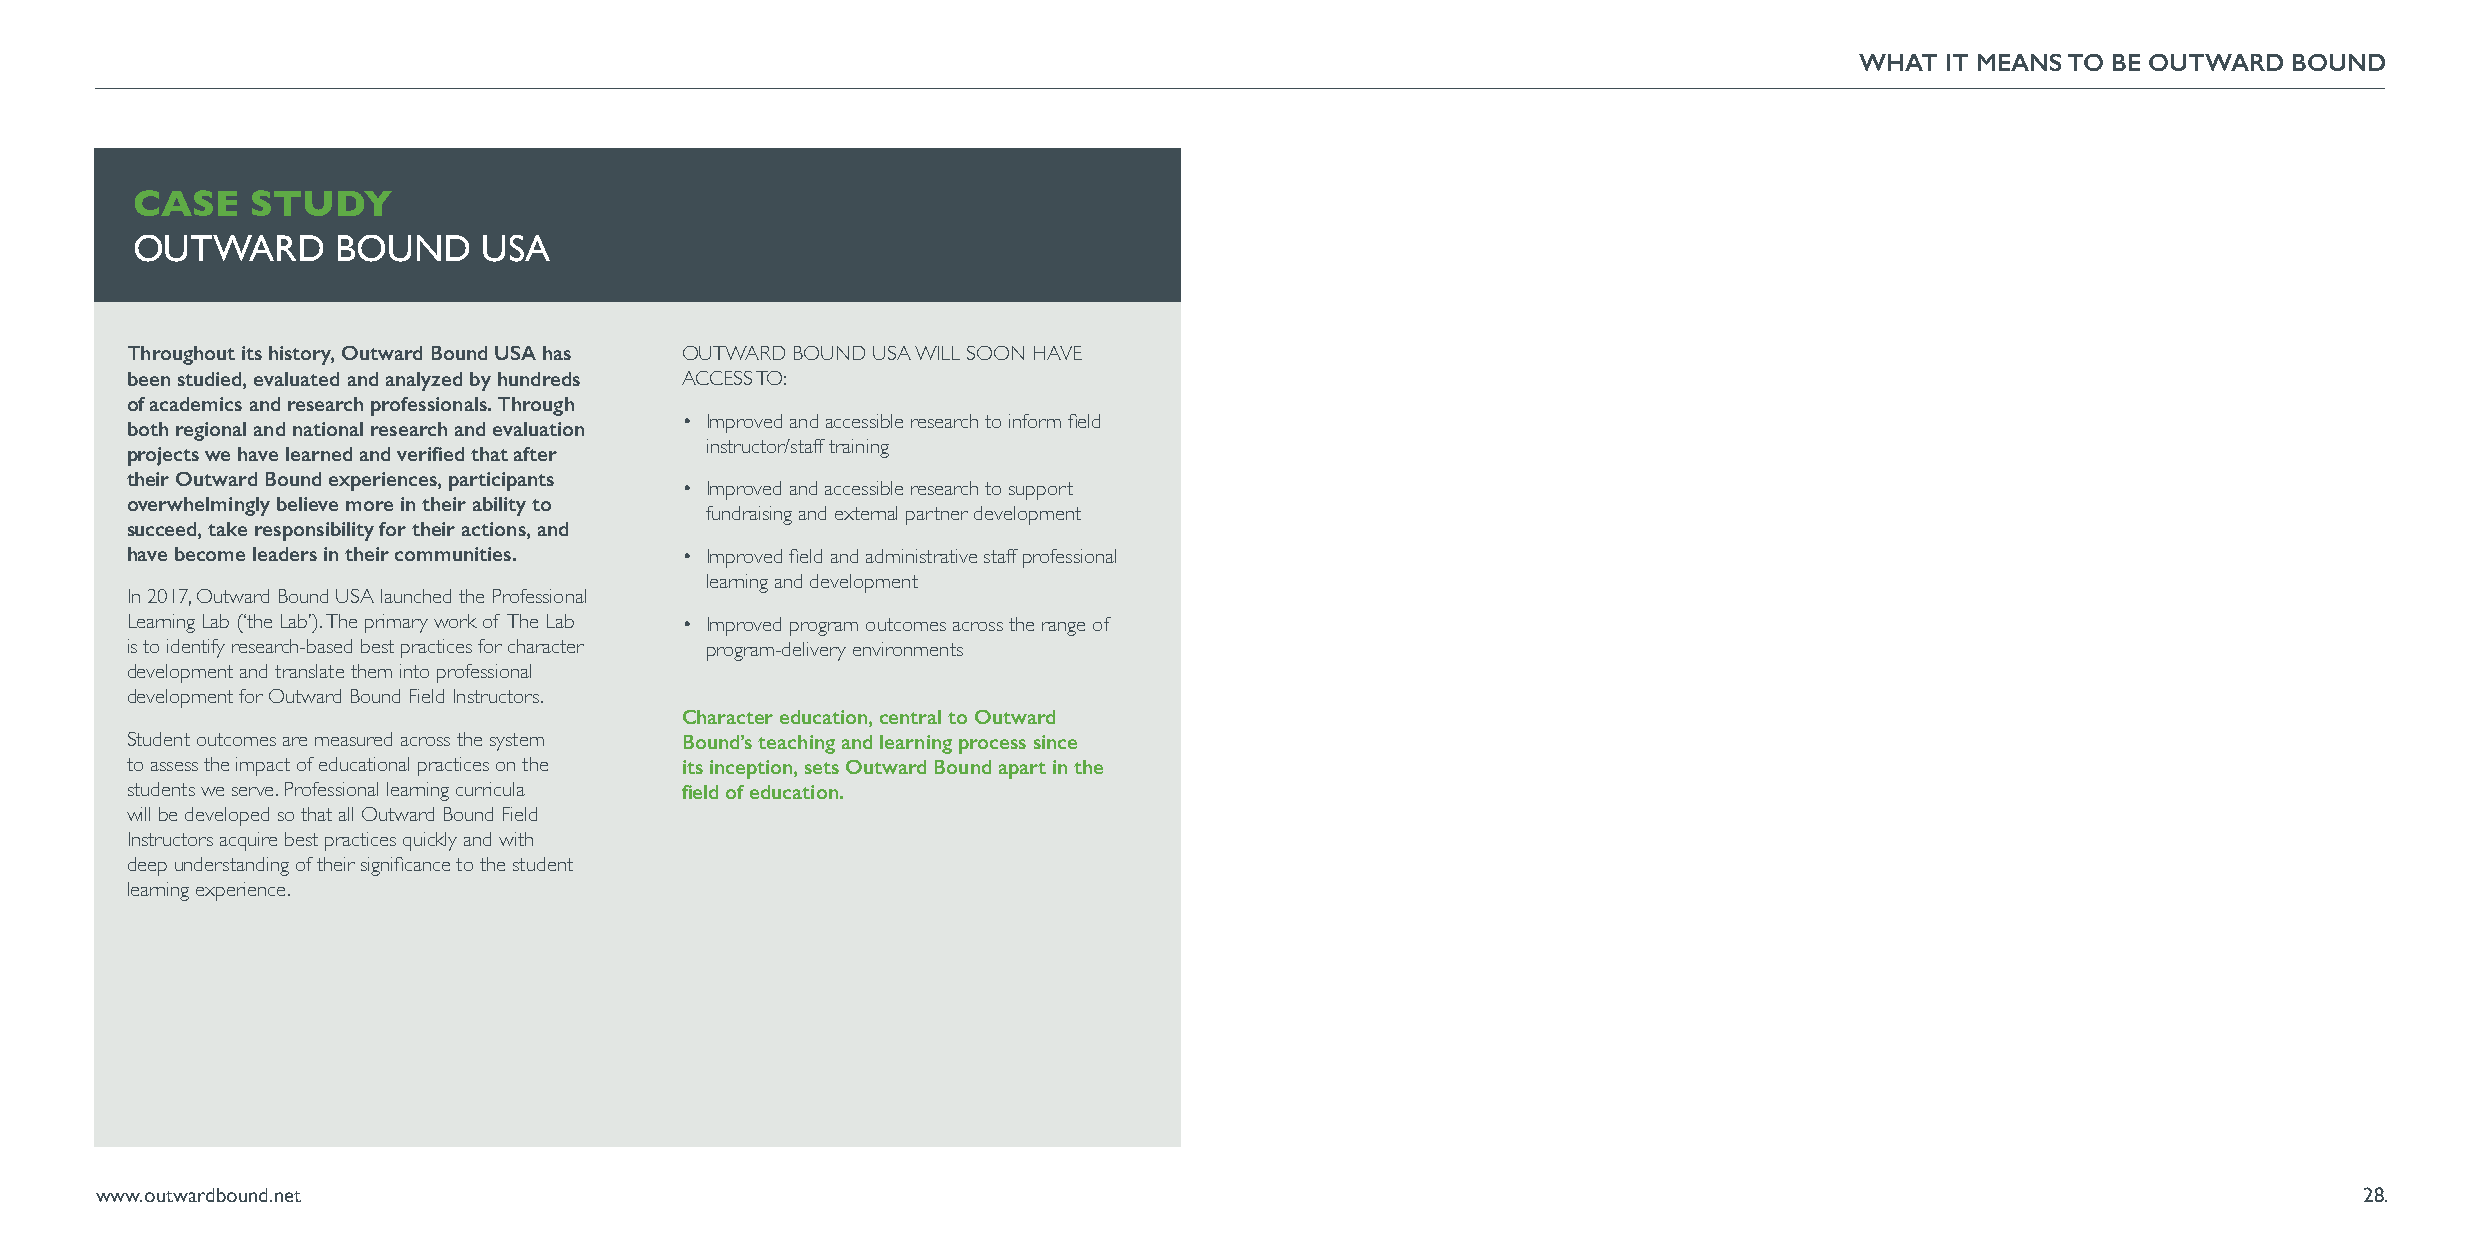
WHAT  IT MEANS TO BE OUTWARD BOUND
 CASE    STUDY
 OUTWARD      BOUND     USA
 Throughout its history, Outward Bound USA has OUTWARD BOUND USA WILL SOON HAVE
 been studied, evaluated and analyzed by hundreds ACCESS TO:
 of academics and research professionals. Through
 both regional and national research and evaluation • Improved and accessible research to inform field
 projects we have learned and verified that after instructor/staff training
 their Outward Bound experiences, participants
 • Improved and accessible research to support
 overwhelmingly believe more in their ability to
 fundraising and external partner development
 succeed, take responsibility for their actions, and
 have become leaders in their communities. • Improved field and administrative staff professional
 learning and development
 In 2017, Outward Bound USA launched the Professional
 Learning Lab (‘the Lab’). The primary work of The Lab • Improved program outcomes across the range of
 is to identify research-based best practices for character program-delivery environments
 development and translate them into professional
 development for Outward Bound Field Instructors.
 Character education, central to Outward
 Student outcomes are measured across the system Bound’s teaching and learning process since
 to assess the impact of educational practices on the its inception, sets Outward Bound apart in the
 students we serve. Professional learning curricula field of education.
 will be developed so that all Outward Bound Field
 Instructors acquire best practices quickly and with
 deep understanding of their significance to the student
 learning experience.
 www.outwardbound.net                                                                                                                                  28.